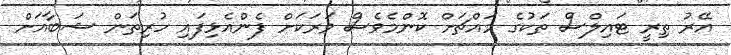
އޭރު ތިރީ ޓައިލްސް ތަކުގެ މައްޗަށް ކޮންމެވެސް ވަރަކަށް ފެންއެޅިފައި ހުރިތަން ޝަބާއަށް